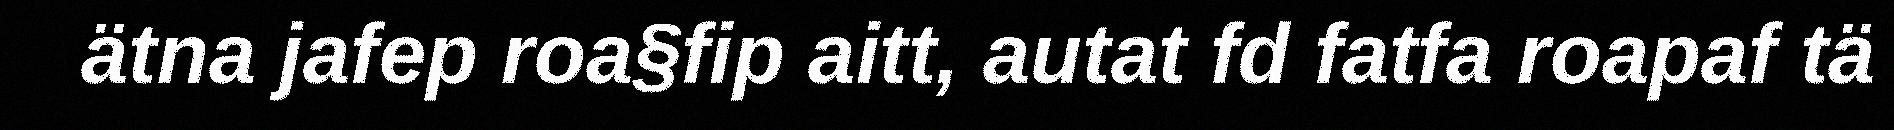
ätna jafep roa§fip aitt, autat fd fatfa roapaf tä